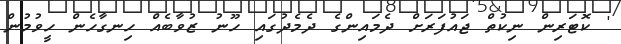
' ކޮޓަރިން ނިކުތް ޖައުފަރަށް ދެމައިންގެ ދެމެދުގައި ހޫނު ޒުވާބެއް ހިނގާހެން ހީވުމުން